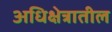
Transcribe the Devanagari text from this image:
अधिक्षेत्रातील